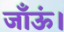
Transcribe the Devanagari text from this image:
जाँऊं।